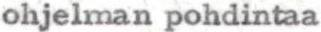
ohjelman pohdintaa